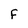
Character: F